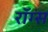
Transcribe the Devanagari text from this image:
रॉग्स